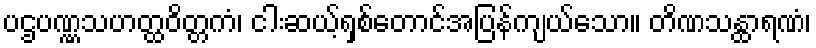
ပဌပဏ္ဏသဟတ္ထဝိတ္တကံ၊ ငါးဆယ့်ရှစ်တောင်အပြန်ကျယ်သော။ တိဏသန္ထာရဏံ၊